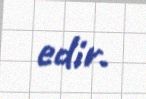
edir.